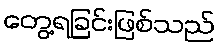
တွေ့ရခြင်းဖြစ်သည်